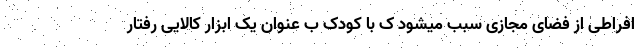
افراطی از فضای مجازی سبب میشود ک با کودک ب عنوان یک ابزار کالایی رفتار